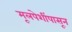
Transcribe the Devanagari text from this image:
मूलपेशींपासून